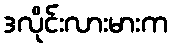
ဒလိုင်းလားမားက